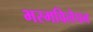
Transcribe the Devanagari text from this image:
भस्मविलेपन